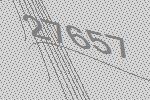
27657